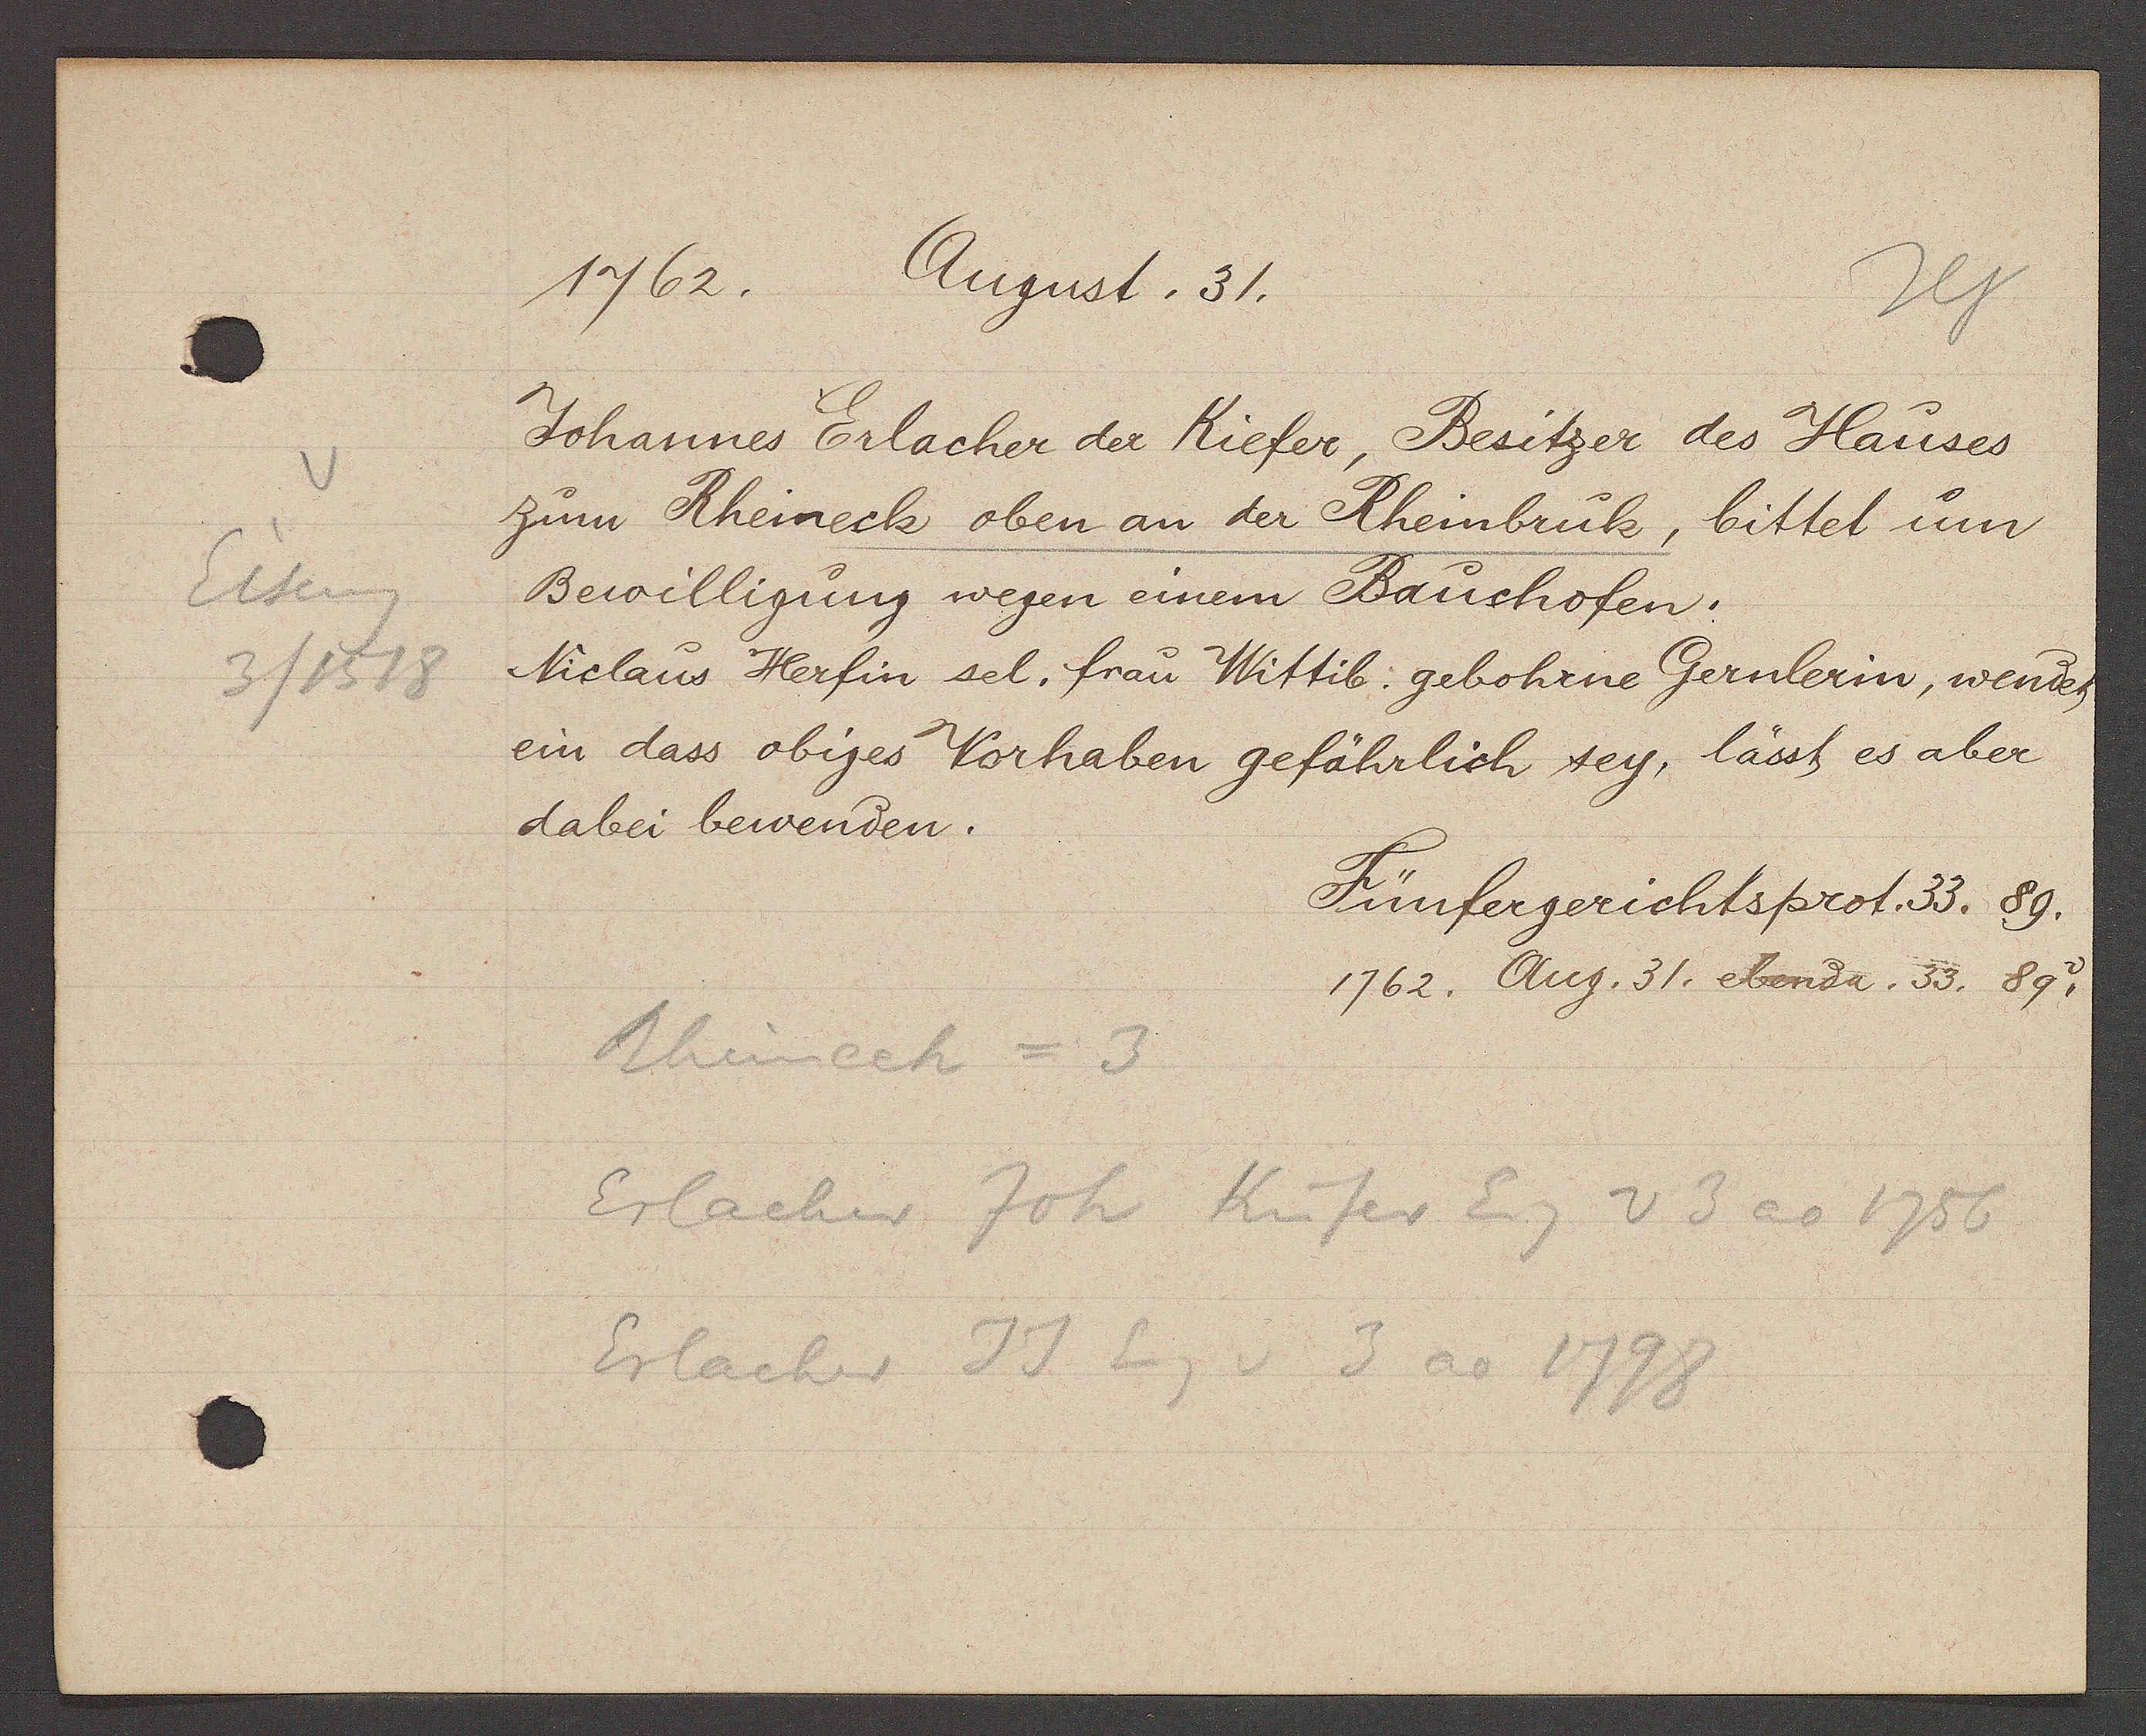
Transcript:
Eiseng
3 / 1518

1762. August. 31.
Johannes Erlacher der Kiefer, Besitzer des Hauses
zum Rheineck oben an der Rheinbruk, bittet um
Bewilligung wegen einem Bauchofen.
Niclaus Herfin sel. frau Wittib gebohrne Gernlerin, wendet
ein dass obiges Vorhaben gefährlich sey, lässt es aber
dabei bewenden.
Fünfergerichtsprot. 33. 89
1762. Aug. 31. ebenda. 33. 89. v
Rheinech = 3
Erlacher Joh Küfer Eg v 3 ao 1756
Erlacher JJ Eg v 3 ao 1798